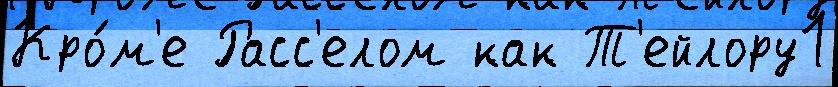
Кро́м'е Расс'елом как Т'ейлору1